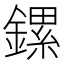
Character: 鏍